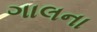
ગાલના